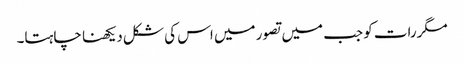
مگررات کو جب میں تصور میں اس کی شکل دیکھنا چاہتا۔